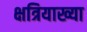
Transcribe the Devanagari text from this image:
क्षत्रियाख्या